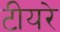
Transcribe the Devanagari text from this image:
टीयरे